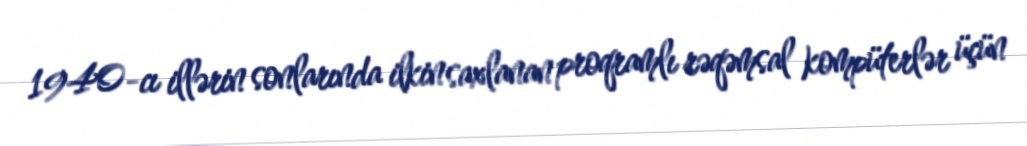
1940-cı illərin sonlarında ilkin saxlanan proqramlı rəqəmsal kompüterlər üçün